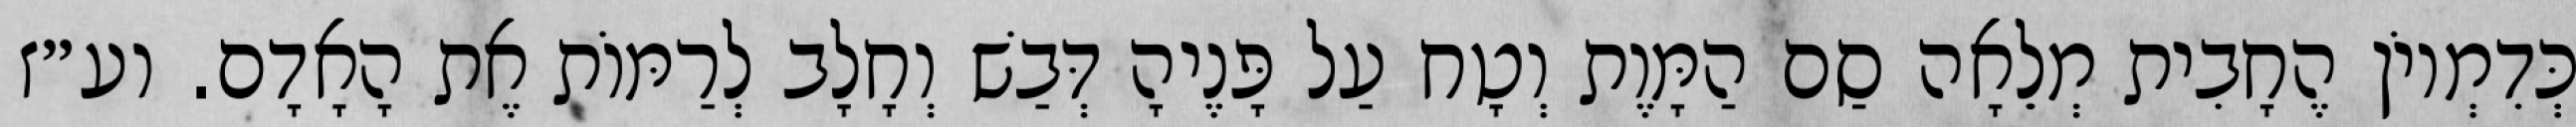
כְּדִמְיוֹן הֶחָבִית מְלֵאָה סַם הַמָּוֶת וְטָח עַל פָּנֶיהָ דְּבַשׁ וְחָלָב לְרַמּוֹת אֶת הָאָדָם. וע״ז